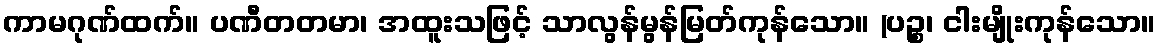
ကာမဂုဏ်ထက်။ ပဏီတတမာ၊ အထူးသဖြင့် သာလွန်မွန်မြတ်ကုန်သော။ (ပဉ္စ၊ ငါးမျိုးကုန်သော။